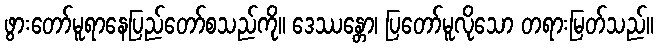
ဖွားတော်မူရာနေပြည်တော်စသည်ကို။ ဒေဿန္တော၊ ပြတော်မူလိုသော တရားမြတ်သည်။